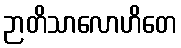
ဉာတိသာလောဟိတေ